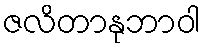
ဇလိတာနုဘာဝါ